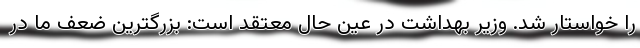
را خواستار شد. وزیر بهداشت در عین حال معتقد است: بزرگترین ضعف ما در